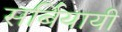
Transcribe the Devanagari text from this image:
सर्बियायी